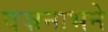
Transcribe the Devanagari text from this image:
वज्रनाभने